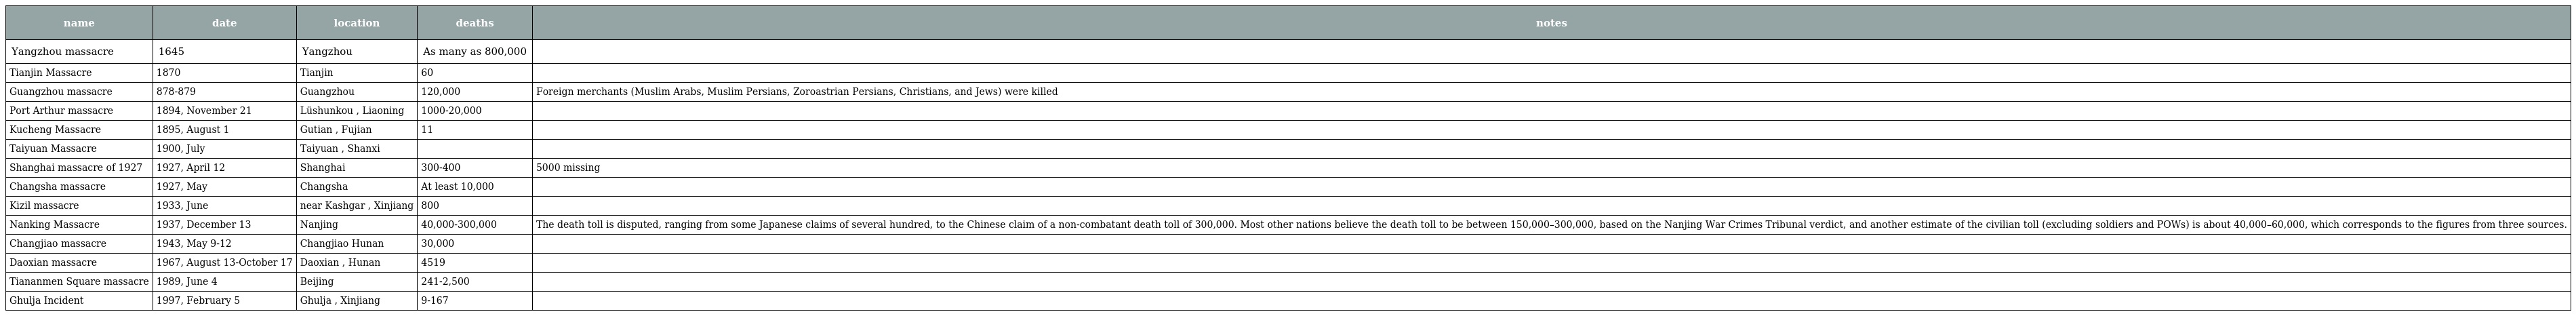
| name | date | location | deaths | notes |
 | --- | --- | --- | --- | --- |
 | Yangzhou massacre | 1645 | Yangzhou | As many as 800,000 |  |
 | Tianjin Massacre | 1870 | Tianjin | 60 |  |
 | Guangzhou massacre | 878-879 | Guangzhou | 120,000 | Foreign merchants (Muslim Arabs, Muslim Persians, Zoroastrian Persians, Christians, and Jews) were killed |
 | Port Arthur massacre | 1894, November 21 | Lüshunkou , Liaoning | 1000-20,000 |  |
 | Kucheng Massacre | 1895, August 1 | Gutian , Fujian | 11 |  |
 | Taiyuan Massacre | 1900, July | Taiyuan , Shanxi |  |  |
 | Shanghai massacre of 1927 | 1927, April 12 | Shanghai | 300-400 | 5000 missing |
 | Changsha massacre | 1927, May | Changsha | At least 10,000 |  |
 | Kizil massacre | 1933, June | near Kashgar , Xinjiang | 800 |  |
 | Nanking Massacre | 1937, December 13 | Nanjing | 40,000-300,000 | The death toll is disputed, ranging from some Japanese claims of several hundred, to the Chinese claim of a non-combatant death toll of 300,000. Most other nations believe the death toll to be between 150,000–300,000, based on the Nanjing War Crimes Tribunal verdict, and another estimate of the civilian toll (excluding soldiers and POWs) is about 40,000–60,000, which corresponds to the figures from three sources. |
 | Changjiao massacre | 1943, May 9-12 | Changjiao Hunan | 30,000 |  |
 | Daoxian massacre | 1967, August 13-October 17 | Daoxian , Hunan | 4519 |  |
 | Tiananmen Square massacre | 1989, June 4 | Beijing | 241-2,500 |  |
 | Ghulja Incident | 1997, February 5 | Ghulja , Xinjiang | 9-167 |  |